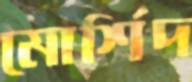
মোর্শিদ